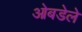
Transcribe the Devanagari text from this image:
ओबडेले